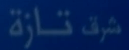
شَفْ تَازَة